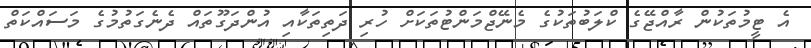
އެ ޓީމުތަކުން ރާއްޖޭގެ ކްލަބުތަކުގެ މެނޭޖްމަންޓުތަކަށް ހުރި ދަތިތަކާއި އުންދަގޫތައް ދެނެގަތުމުގެ މަސައްކަތް